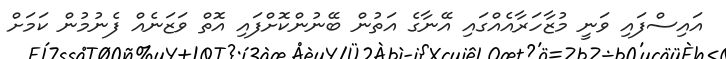
އައިސްފައި ވަނީ މުޒާހަރާއެއްގައި އޭނާގެ އަތުން ބޭނުންކޮށްފައި އޮތް ވަޒަނެއް ފެނުމުން ކަމަށް